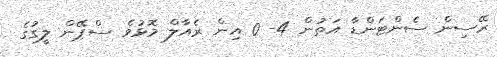
ރޭސިން ސެންޓަންޑާ އަތުން 4- 0 އިން ރެއާލް މޮޅުވެ ސްޕޭން ލީގުގެ